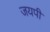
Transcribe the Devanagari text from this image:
जयपी